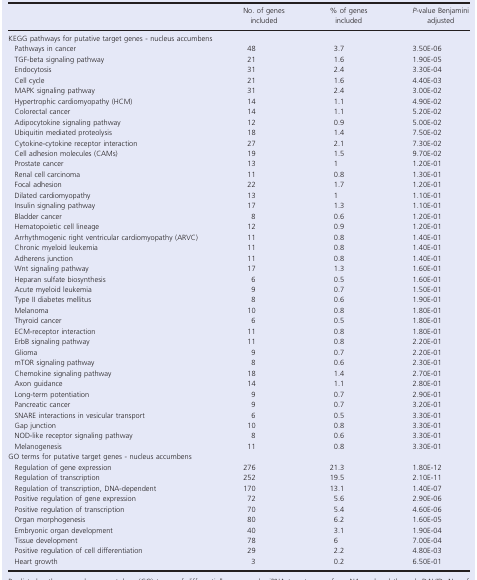
<table><thead><tr><td></td><td><b>No. of genes included</b></td><td><b>% of genes included</b></td><td><b><i>P</i>-value Benjamini adjusted</b></td></tr></thead><tbody><tr><td colspan="4">KEGG pathways for putative target genes - nucleus accumbens</td></tr><tr><td> Pathways in cancer</td><td>48</td><td>3.7</td><td>3.50E-06</td></tr><tr><td> TGF-beta signaling pathway</td><td>21</td><td>1.6</td><td>1.90E-05</td></tr><tr><td> Endocytosis</td><td>31</td><td>2.4</td><td>3.30E-04</td></tr><tr><td> Cell cycle</td><td>21</td><td>1.6</td><td>4.40E-03</td></tr><tr><td> MAPK signaling pathway</td><td>31</td><td>2.4</td><td>3.00E-02</td></tr><tr><td> Hypertrophic cardiomyopathy (HCM)</td><td>14</td><td>1.1</td><td>4.90E-02</td></tr><tr><td> Colorectal cancer</td><td>14</td><td>1.1</td><td>5.20E-02</td></tr><tr><td> Adipocytokine signaling pathway</td><td>12</td><td>0.9</td><td>5.00E-02</td></tr><tr><td> Ubiquitin mediated proteolysis</td><td>18</td><td>1.4</td><td>7.50E-02</td></tr><tr><td> Cytokine-cytokine receptor interaction</td><td>27</td><td>2.1</td><td>7.30E-02</td></tr><tr><td> Cell adhesion molecules (CAMs)</td><td>19</td><td>1.5</td><td>9.70E-02</td></tr><tr><td> Prostate cancer</td><td>13</td><td>1</td><td>1.20E-01</td></tr><tr><td> Renal cell carcinoma</td><td>11</td><td>0.8</td><td>1.30E-01</td></tr><tr><td> Focal adhesion</td><td>22</td><td>1.7</td><td>1.20E-01</td></tr><tr><td> Dilated cardiomyopathy</td><td>13</td><td>1</td><td>1.10E-01</td></tr><tr><td> Insulin signaling pathway</td><td>17</td><td>1.3</td><td>1.10E-01</td></tr><tr><td> Bladder cancer</td><td>8</td><td>0.6</td><td>1.20E-01</td></tr><tr><td> Hematopoietic cell lineage</td><td>12</td><td>0.9</td><td>1.20E-01</td></tr><tr><td> Arrhythmogenic right ventricular cardiomyopathy (ARVC)</td><td>11</td><td>0.8</td><td>1.40E-01</td></tr><tr><td> Chronic myeloid leukemia</td><td>11</td><td>0.8</td><td>1.40E-01</td></tr><tr><td> Adherens junction</td><td>11</td><td>0.8</td><td>1.40E-01</td></tr><tr><td> Wnt signaling pathway</td><td>17</td><td>1.3</td><td>1.60E-01</td></tr><tr><td> Heparan sulfate biosynthesis</td><td>6</td><td>0.5</td><td>1.60E-01</td></tr><tr><td> Acute myeloid leukemia</td><td>9</td><td>0.7</td><td>1.50E-01</td></tr><tr><td> Type II diabetes mellitus</td><td>8</td><td>0.6</td><td>1.90E-01</td></tr><tr><td> Melanoma</td><td>10</td><td>0.8</td><td>1.80E-01</td></tr><tr><td> Thyroid cancer</td><td>6</td><td>0.5</td><td>1.80E-01</td></tr><tr><td> ECM-receptor interaction</td><td>11</td><td>0.8</td><td>1.80E-01</td></tr><tr><td> ErbB signaling pathway</td><td>11</td><td>0.8</td><td>2.20E-01</td></tr><tr><td> Glioma</td><td>9</td><td>0.7</td><td>2.20E-01</td></tr><tr><td> mTOR signaling pathway</td><td>8</td><td>0.6</td><td>2.30E-01</td></tr><tr><td> Chemokine signaling pathway</td><td>18</td><td>1.4</td><td>2.70E-01</td></tr><tr><td> Axon guidance</td><td>14</td><td>1.1</td><td>2.80E-01</td></tr><tr><td> Long-term potentiation</td><td>9</td><td>0.7</td><td>2.90E-01</td></tr><tr><td> Pancreatic cancer</td><td>9</td><td>0.7</td><td>3.20E-01</td></tr><tr><td> SNARE interactions in vesicular transport</td><td>6</td><td>0.5</td><td>3.30E-01</td></tr><tr><td> Gap junction</td><td>10</td><td>0.8</td><td>3.30E-01</td></tr><tr><td> NOD-like receptor signaling pathway</td><td>8</td><td>0.6</td><td>3.30E-01</td></tr><tr><td> Melanogenesis</td><td>11</td><td>0.8</td><td>3.30E-01</td></tr><tr><td colspan="4">GO terms for putative target genes - nucleus accumbens</td></tr><tr><td> Regulation of gene expression</td><td>276</td><td>21.3</td><td>1.80E-12</td></tr><tr><td> Regulation of transcription</td><td>252</td><td>19.5</td><td>2.10E-11</td></tr><tr><td> Regulation of transcription, DNA-dependent</td><td>170</td><td>13.1</td><td>1.40E-07</td></tr><tr><td> Positive regulation of gene expression</td><td>72</td><td>5.6</td><td>2.90E-06</td></tr><tr><td> Positive regulation of transcription</td><td>70</td><td>5.4</td><td>4.60E-06</td></tr><tr><td> Organ morphogenesis</td><td>80</td><td>6.2</td><td>1.60E-05</td></tr><tr><td> Embryonic organ development</td><td>40</td><td>3.1</td><td>1.90E-04</td></tr><tr><td> Tissue development</td><td>78</td><td>6</td><td>7.00E-04</td></tr><tr><td> Positive regulation of cell differentiation</td><td>29</td><td>2.2</td><td>4.80E-03</td></tr><tr><td> Heart growth</td><td>3</td><td>0.2</td><td>6.50E-01</td></tr></tbody></table>